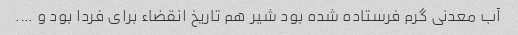
آب معدنی گرم فرستاده شده بود شیر هم تاریخ انقضاء برای فردا بود و ….